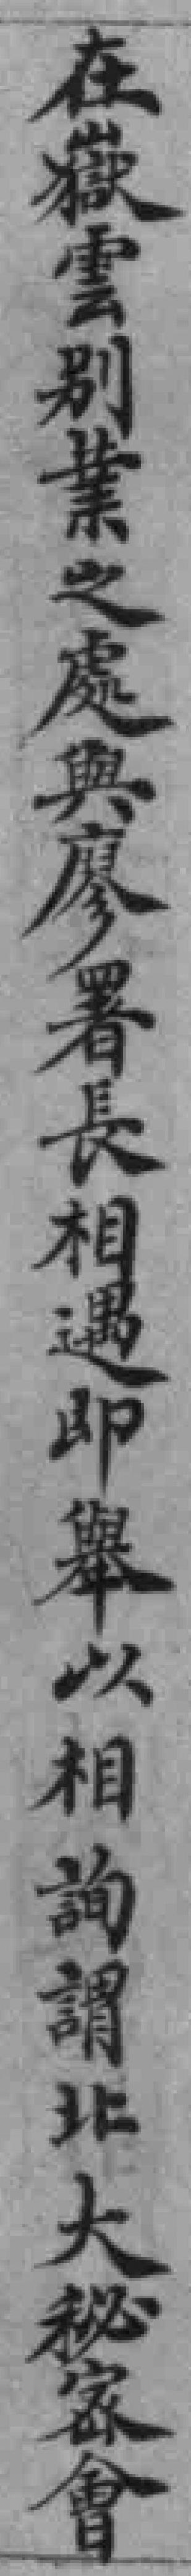
在嶽雲別業之處與廖署長相遇即舉以相詢謂北大秘密會